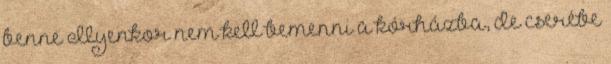
benne Ilyenkor nem kell bemenni a kórházba, de cserébe